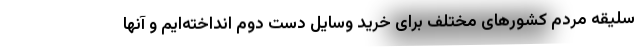
سلیقه مردم کشورهای مختلف برای خرید وسایل دست دوم انداخته‌ایم و آنها